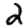
Digit: 2